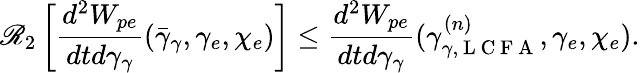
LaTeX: \mathscr{R}_{2}\left[\frac{{d^{2}W_{pe}}}{{dtd\gamma_{\gamma}}}(\bar{{\gamma}}_{\gamma},\gamma_{e},\chi_{e})\right]\leq\frac{{d^{2}W_{pe}}}{{dtd\gamma_{\gamma}}}(\gamma_{\gamma,\mathrm{{~L~C~F~A~}}}^{(n)},\gamma_{e},\chi_{e}).